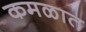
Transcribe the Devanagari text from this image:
कमळात